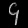
Digit: ၄